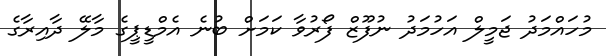
މުހައްމަދު ޖަމީލް އަހުމަދު ނުފޫޒް ފޯރުވާ ކަމަށް ބުނެ އެމްޑީޕީގެ މާލޭ ދާއިރާގެ